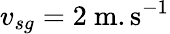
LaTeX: v_{sg}=2~\mathrm{m.s^{-1}}